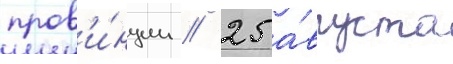
пров'и́нции // 25 а́вгуста